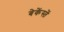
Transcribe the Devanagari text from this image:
बेकेंस्तें